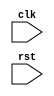
module synchronous_logic_block (
    input wire clk,
    input wire rst,
    // Add other input/output ports here
);

// Declare any required internal signals or variables here

always @ (posedge clk or negedge rst)
begin
    if (~rst)
    begin
        // Reset logic here
    end
    else
    begin
        // Synchronous logic here
    end
end

endmodule